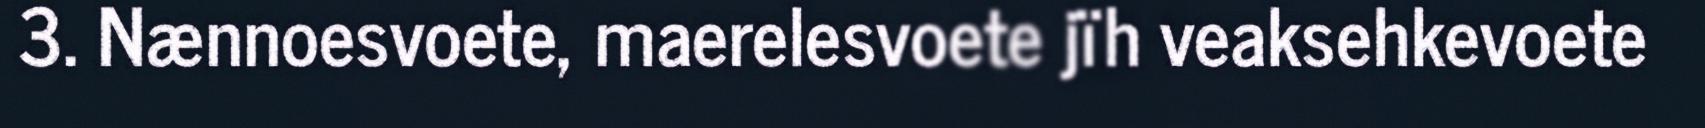
3. Nænnoesvoete, maerelesvoete jïh veaksehkevoete